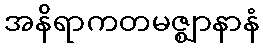
အနိရာကတမဇ္ဈာနာနံ